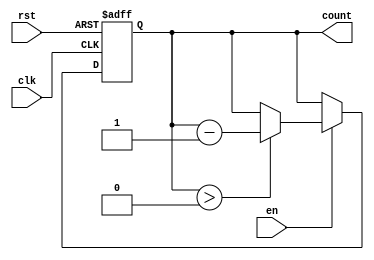
module down_counter #(
    parameter N = 8  // Define the bit width of the counter (default is 8 bits)
)(
    input wire clk,      // Clock signal
    input wire rst,      // Asynchronous reset signal
    input wire en,       // Enable signal
    output reg [N-1:0] count // n-bit output count
);

// Internal parameter for initial value
parameter INITIAL_VALUE = 8'hFF; // Set the initial value (example: 255 for 8-bit counter)

always @(posedge clk or posedge rst) begin
    if (rst) begin
        count <= INITIAL_VALUE; // Reset to initial value
    end else if (en) begin
        if (count > 0) begin
            count <= count - 1; // Decrement the count
        end
        // If count is already 0, it holds at 0
    end
end

endmodule